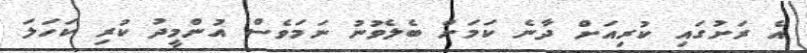
އެ ރަށުގައި ކުރިއަށް ދާނެ ކަމަށް ބެލެވުނު ނަމަވެސް އުންމީދު ކުރި ކަހަލަ